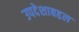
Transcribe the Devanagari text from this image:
उपदेशाबद्दल